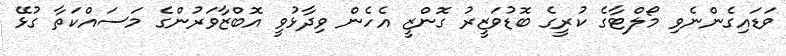
ވަޑައިގެންނެވި މޯލްޓާގެ ކުރީގެ ބޮޑުވަޒީރު ގޮންޒީ އެހެން ވިދާޅުވީ އޮބްޒާވަރުންގެ މަސައްކަތާ ގުޅޭ